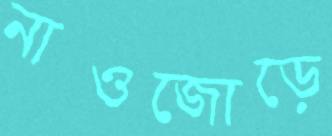
নাওজোড়ে